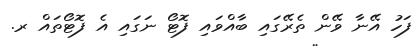
ފަހު އޭނާ ވޭން ތެރޭގައި ބާއްވައި ފޮޓޯ ނަގައި އެ ފޮޓޯތައް ރ.